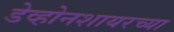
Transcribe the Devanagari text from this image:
डेव्होनशायरच्या